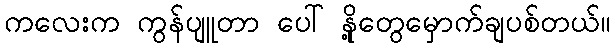
ကလေးက ကွန်ပျူတာ ပေါ် နို့တွေမှောက်ချပစ်တယ်။